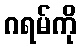
ဂရမ်ကို